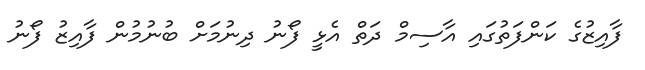
ފާއިޒުގެ ކަންފަތުގައި އާސިމް ދަތް އެޅީ ފޯނު ދިނުމަށް ބުނުމުން ފާއިޒު ފޯނު